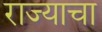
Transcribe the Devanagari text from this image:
राज्‍याचा